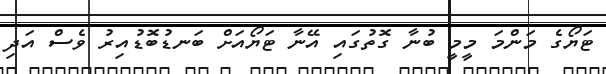
ޓަޔޯގެ މަންމަ މީމީ ބުނާ ގޮތުގައި އޭނާ ޓަޔޯއަށް ބަނޑުބޮޑުއިރު ވެސް އަދި